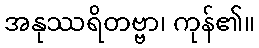
အနုဿရိတဗ္ဗာ၊ ကုန်၏။